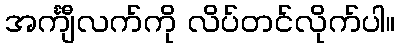
အင်္ကျီလက်ကို လိပ်တင်လိုက်ပါ။